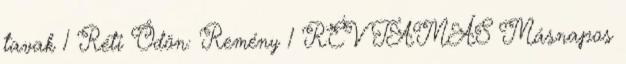
tavak 1 Réti Ödön: Remény 1 RÉV TAMÁS Másnapos